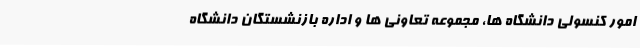
امور کنسولی دانشگاه ها، مجموعه تعاونی ها و اداره بازنشستگان دانشگاه